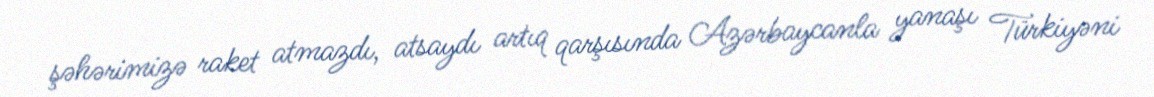
şəhərimizə raket atmazdı, atsaydı artıq qarşısında Azərbaycanla yanaşı Türkiyəni